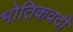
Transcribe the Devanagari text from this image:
भोतिकवदी